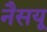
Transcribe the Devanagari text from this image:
नैसयू